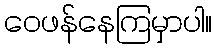
ဝေဖန်နေကြမှာပါ။